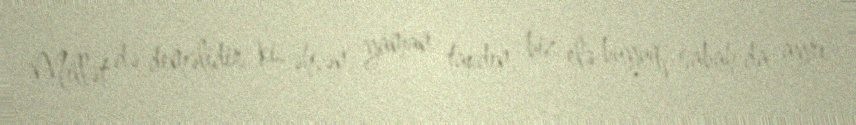
Millət də deməlidir ki, əhsən, yaman tapdın, biz elə buyuq, sabah da ayrı